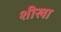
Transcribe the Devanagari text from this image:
शीखा